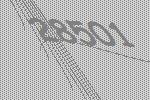
28501